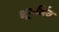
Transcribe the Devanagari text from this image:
भूगर्भिय